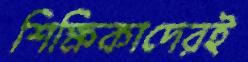
শিক্ষিকাদেরই